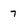
Character: 7